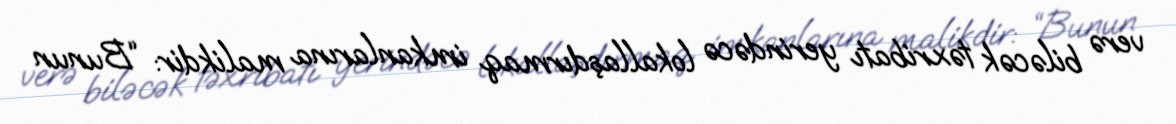
verə biləcək təxribatı yerindəcə lokallaşdırmaq imkanlarına malikdir: “Bunun